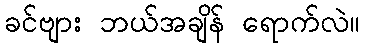
ခင်ဗျား ဘယ်အချိန် ရောက်လဲ။